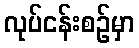
လုပ်ငန်းစဉ်မှာ